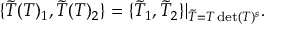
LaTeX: \{ \tilde { T } ( T ) _ { 1 } , \tilde { T } ( T ) _ { 2 } \} = \{ \tilde { T } _ { 1 } , \tilde { T } _ { 2 } \} | _ { \tilde { T } = T \operatorname * { d e t } ( T ) ^ { s } } .